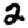
Digit: 2